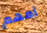
أمهم